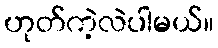
ဟုတ်ကဲ့လဲပါမယ်။